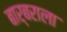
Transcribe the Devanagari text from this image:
बार्बराला